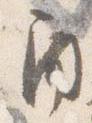
角